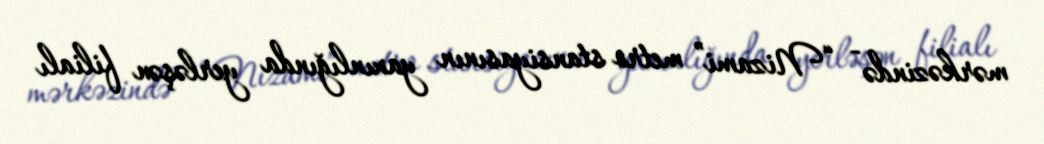
mərkəzində - “Nizami” metro stansiyasının yaxınlığında yerləşən filialı